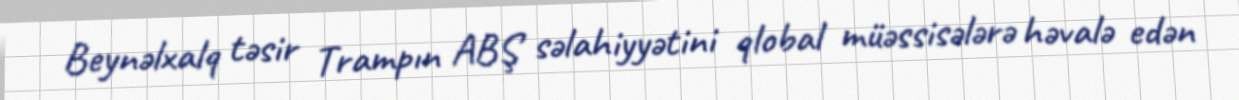
Beynəlxalq təsir Trampın ABŞ səlahiyyətini qlobal müəssisələrə həvalə edən